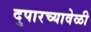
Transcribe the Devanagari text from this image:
दुपारच्यावेळी